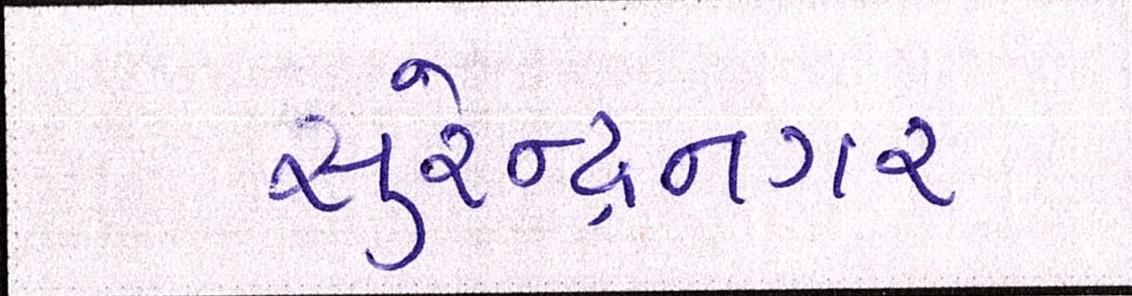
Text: સુરેન્દ્રનગર